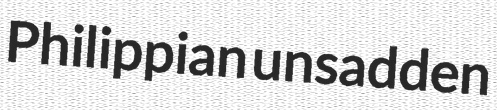
Philippian unsadden